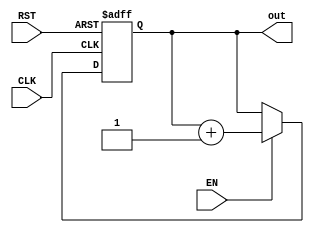
module contMilli(
    input CLK,RST,EN,
    output [16:0] out
    );
    parameter COUNTER_WIDTH = 17;

   reg [COUNTER_WIDTH-1:0] count = {COUNTER_WIDTH{1'b0}};
   
   always @(posedge CLK,posedge RST)
      if (RST)
         count <= {COUNTER_WIDTH{1'b0}};
      else if (EN)
         count <= count + 1'b1;
   assign out=count;
endmodule